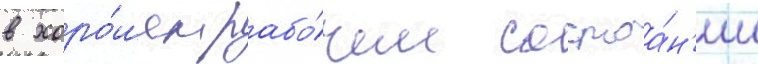
в хоро́шем рабо́чем состоа́н'ии